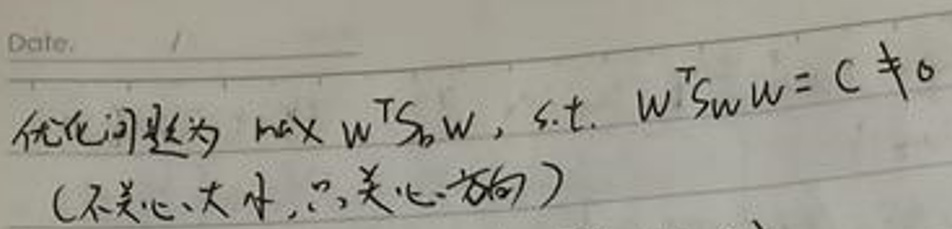
优化问题为\(\max w^T S_0 w\)，s.t. \(w^T S_w w = C \neq 0\)

（不关心大小，只关心方向）